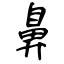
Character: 鼻